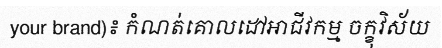
your brand)៖ កំណត់គោលដៅអាជីវកម្ម ចក្ខុវិស័យ